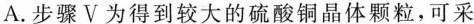
A.步骤V为得到较大的硫酸铜晶体颗粒，可采